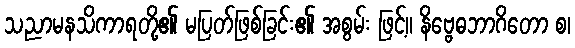
သညာမနသိကာရတို့၏ မပြတ်ဖြစ်ခြင်း၏ အစွမ်း ဖြင့်။ နိဗ္ဗေဓဘာဂိတော စ၊